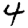
Digit: 4